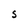
Character: S